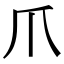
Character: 爪